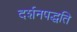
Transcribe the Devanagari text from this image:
दर्शनपद्धति